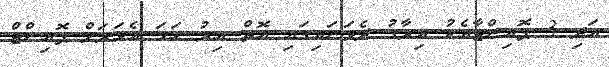
އަދި 3 ޕޮއިންޓާއެކު އިރާގު ދެވަނައިގައި އޮތް އިރު ހަމަ އެވަރަށް ޕޮއިންޓްު